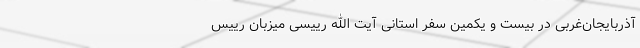
آذربایجان‌غربی در بیست و یکمین سفر استانی آیت الله رییسی میزبان رییس